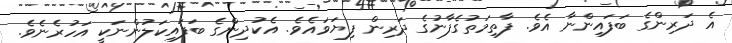
އެ ދަރިންގެ ބަފައިންނާ އެވެ. ފާތިމަތުގެފާނުގެ ދަރިން ފިޔަވައެވެ. އެކުދިންގެ ބަފައިކަލުންނަކީ އަހުރެނެވެ.